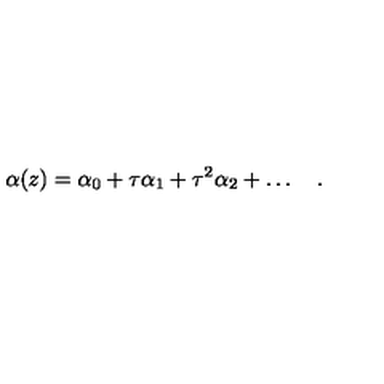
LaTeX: \alpha ( z ) = \alpha _ { 0 } + \tau \alpha _ { 1 } + \tau ^ { 2 } \alpha _ { 2 } + \ldots \quad .